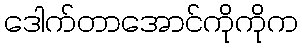
ဒေါက်တာအောင်ကိုကိုက